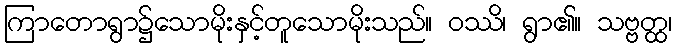
ကြာတောရွာ၌သောမိုးနှင့်တူသောမိုးသည်။ ဝဿိ၊ ရွာ၏။ သဗ္ဗတ္ထ၊